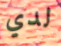
لدي